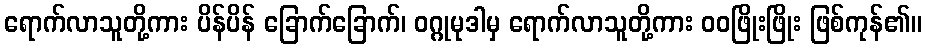
ရောက်လာသူတို့ကား ပိန်ပိန် ခြောက်ခြောက်၊ ဝဂ္ဂုမုဒါမှ ရောက်လာသူတို့ကား ဝဝဖြိုးဖြိုး ဖြစ်ကုန်၏။